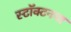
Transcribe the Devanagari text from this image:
स्टॉक्टनचा